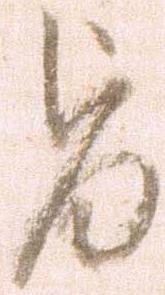
旨